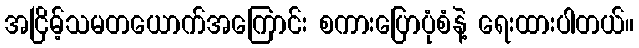
အငြိမ့်သမတယောက်အကြောင်း စကားပြောပုံစံနဲ့ ရေးထားပါတယ်။